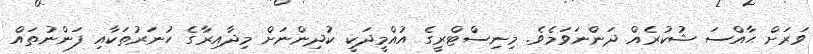
ވަރަށް ޙާއްސަ ޝުކުރެއް ދަންނަވަމެވެ. މިނިސްޓްރީގެ އުއްމީދަކީ ކުދިންނަށް މިދާއިރާގެ ހުނަރުތަކާއި ފަންނުތައް